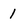
Character: 1